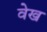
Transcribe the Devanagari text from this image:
वेख